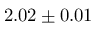
2 . 0 2 \pm 0 . 0 1